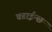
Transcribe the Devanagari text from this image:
चढाईन्छ